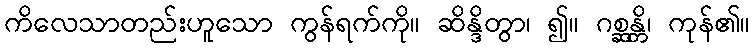
ကိလေသာတည်းဟူသော ကွန်ရက်ကို။ ဆိန္ဒိတွာ၊ ၍။ ဂစ္ဆန္တိ၊ ကုန်၏။